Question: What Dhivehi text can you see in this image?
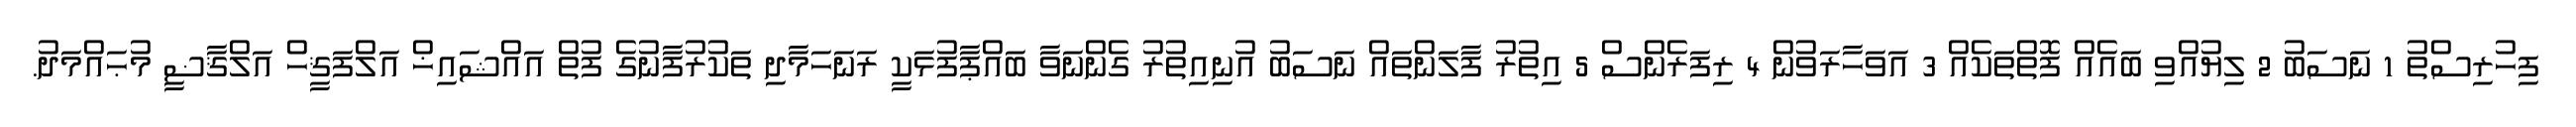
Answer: ފިހުރިސްތު 1 ނަސަބު 2 ލިޔުއްވި ބައެއް ފޮތްތަކެއް 3 އަވަހާރަވުން 4 ރިފަރެންސް 5 އިތުރު ފާލަންތައް ނަސަބު އުނިއިތުރު ގެންނަވާ ބައްޕާފުޅަކީ ރަނަހަމާދި ތަކުރުފާނުގެ ފުތް އައްޝައިޚް އަލްފަޤީހް އަލްޤާޟީ މުޙައްމަދު.